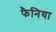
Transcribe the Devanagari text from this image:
फैनिया